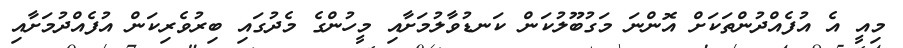
މިއީ އެ އުފެއްދުންތަކަށް އޮންނަ މަގުބޫލުކަން ކަނޑުވާލުމަށާއި މީހުންގެ މެދުގައި ބިރުވެރިކަން އުފެއްދުމަށާއި